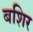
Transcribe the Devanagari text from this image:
बशिर